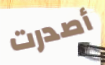
أصدرت